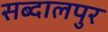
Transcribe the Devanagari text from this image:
सब्दालपुर